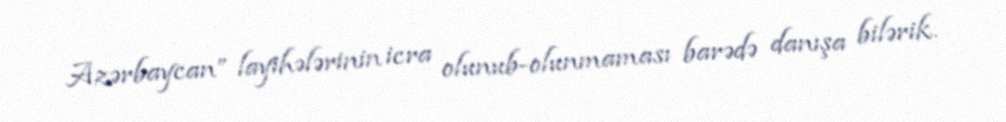
Azərbaycan” layihələrinin icra olunub-olunmaması barədə danışa bilərik.